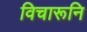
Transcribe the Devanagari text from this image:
विचारूनि